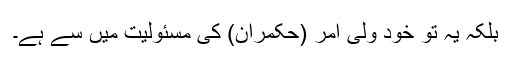
بلکہ یہ تو خود ولی امر (حکمران) کی مسئولیت میں سے ہے۔